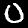
Digit: 0